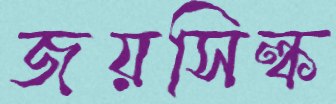
জয়সিল্ক